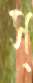
স্